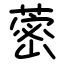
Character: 蔤